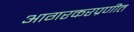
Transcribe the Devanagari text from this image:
आगरकरप्रणीत